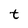
Character: t